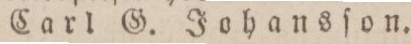
Carl G. Johansſon.